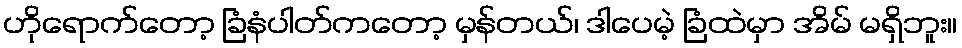
ဟိုရောက်တော့ ခြံနံပါတ်ကတော့ မှန်တယ်၊ ဒါပေမဲ့ ခြံထဲမှာ အိမ် မရှိဘူး။